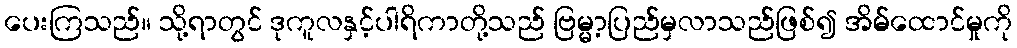
ပေးကြသည်။ သို့ရာတွင် ဒုကူလနှင့်ပါရိကာတို့သည် ဗြမ္မာ့ပြည်မှလာသည်ဖြစ်၍ အိမ်ထောင်မှုကို